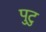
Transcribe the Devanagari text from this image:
पुटु